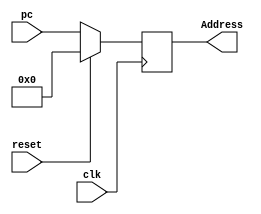
module PC
#(parameter n=64,parameter delay=100)
(pc,clk,reset,Address);
  input [n-1:0] pc;
  input clk;
  input reset;
  output reg[63:0] Address;

always@(posedge clk)
  begin
  if(reset)
    Address = 64'b0;
  else
    Address = pc;
  end
endmodule